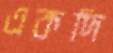
একদি